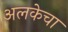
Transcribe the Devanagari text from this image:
अलकेचा